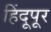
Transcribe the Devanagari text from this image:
हिंदूपूर